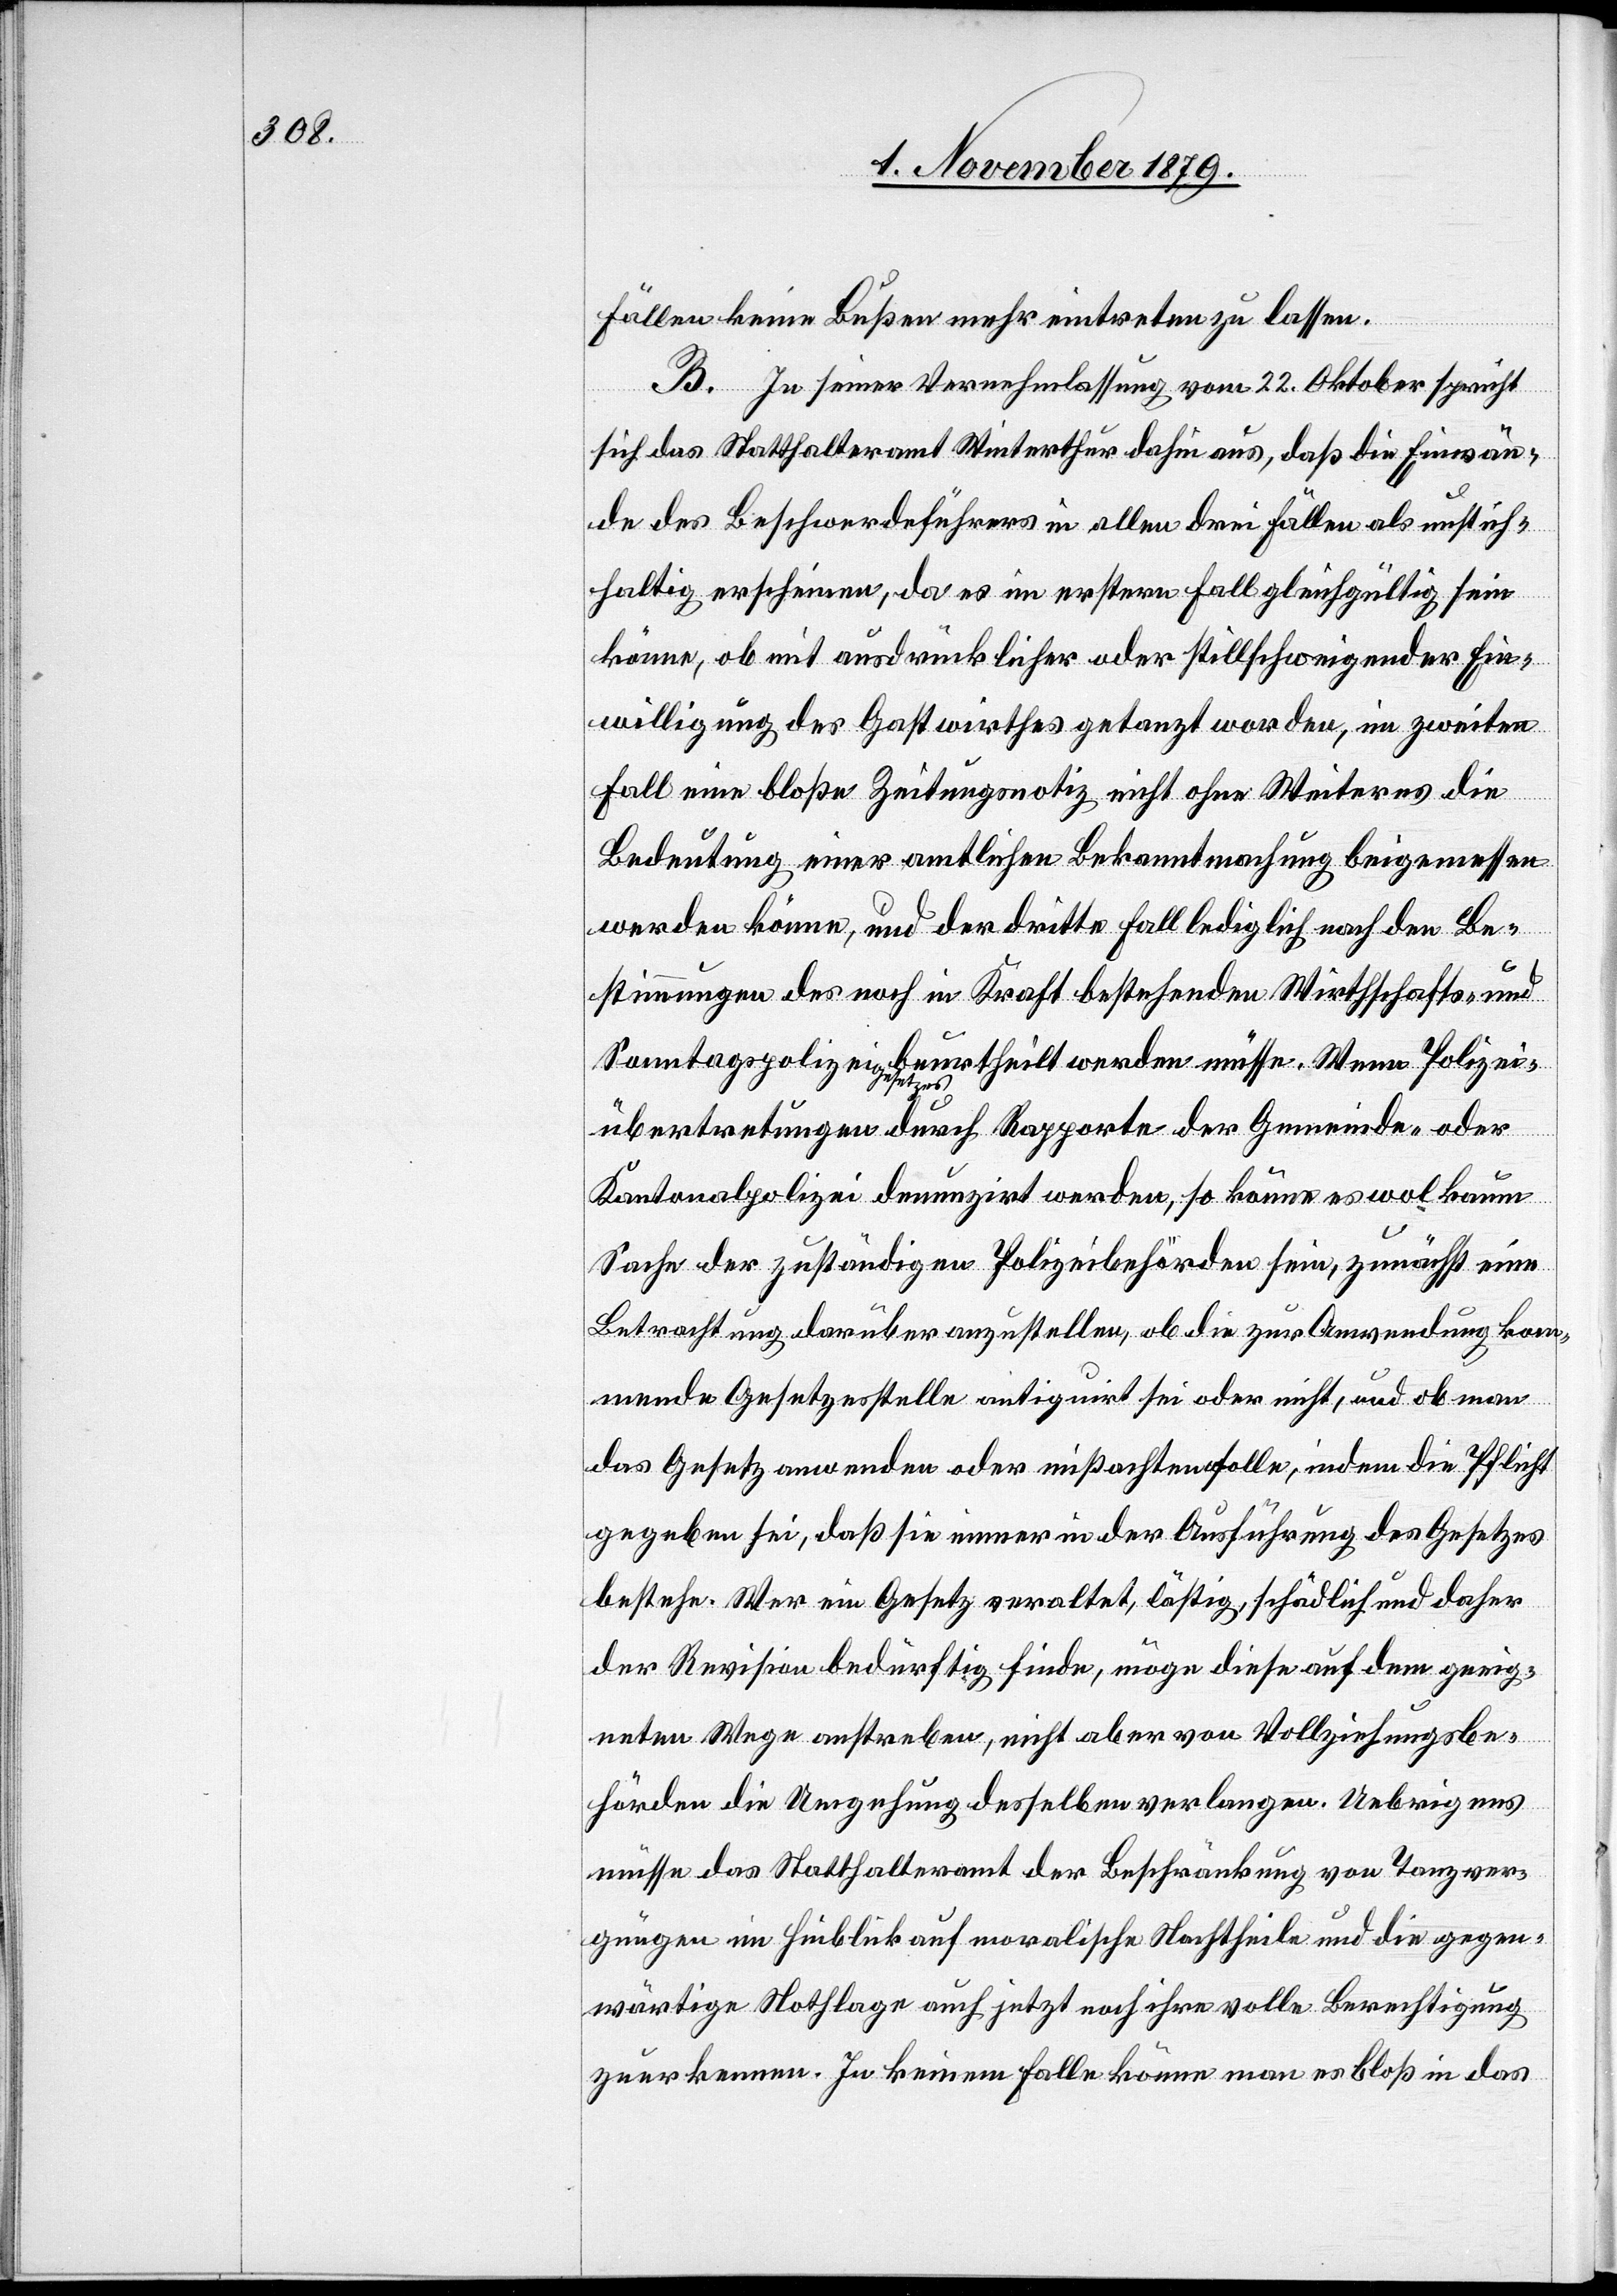
Fällen keine Bußen mehr eintreten zu lassen.
B. In seiner Vernehmlassung vom 22. Oktober spricht
sich das Statthalteramt Winterthur dahin aus, daß die Einwän¬
de des Beschwerdeführers in allen drei Fällen als unstich¬
haltig erscheinen, da es im erstern Fall gleichgültig sein
könne, ob mit ausdrücklicher oder stillschweigender Ein¬
willigung des Gastwirthes getanzt worden, im zweiten
Fall eine[r] bloße[n] Zeitungsnotiz nicht ohne Weiteres die
Bedeutung einer amtlichen Bekanntmachung beigemessen
werden könne, und der dritte Fall lediglich nach den Be¬
stimmungen des noch in Kraft bestehenden Wirthschafts- und
Sonntagspolizeigesetzes beurtheilt werden müsse. Wenn Polizei¬
übertretungen durch Rapporte der Gemeinde- oder
Kantonalpolizei denunzirt werden, so könne es wol kaum
Sache der zuständigen Polizeibehörden sein, zunächst eine
Betrachtung darüber anzustellen, ob die zur Anwendung kom¬
mende Gesetzesstelle antiquirt sei oder nicht, und ob man
das Gesetz anwenden oder mißachten solle, indem die Pflicht
gegeben sei, daß sie immer in der Ausführung des Gesetzes
bestehe. Wer ein Gesetz veraltet, lästig, schädlich und daher
der Revision bedürftig finde, möge diese auf dem geeig¬
neten Wege anstreben, nicht aber von Vollziehungsbe¬
hörden die Umgehung desselben verlangen. Uebrigens
müsse das Statthalteramt der Beschränkung von Tanzver¬
gnügen im Hinblick auf moralische Nachtheile und die gegen¬
wärtige Nothlage auch jetzt noch ihre volle Berechtigung
zuerkennen. In keinem Falle könne man es bloß in das